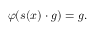
\varphi ( s ( x ) \cdot g ) = g .